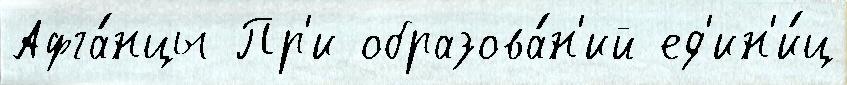
Афга́нцы Пр'и образова́н'ий ед'ин'и́ц